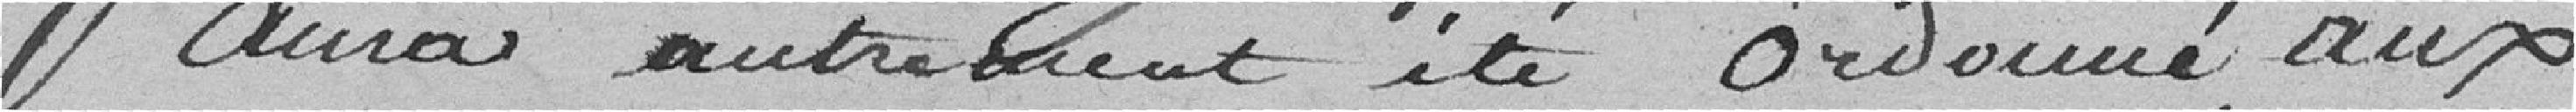
aura autrement été ordonné